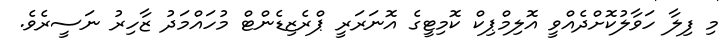
މި ފިލާ ހަވާލުކޮށްދެއްވީ އޮލިމްޕިކް ކޮމިޓީގެ އޮނަރަރީ ޕްރެޒިޑެންޓް މުހައްމަދު ޒާހިރު ނަސީރެވެ.